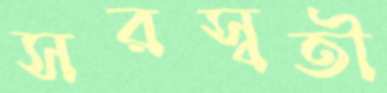
সরস্বতী